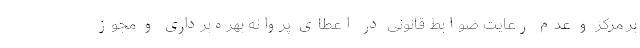
بر مرکز و عدم رعایت ضوابط قانونی در اعطای پروانه بهره‌برداری و مجوز